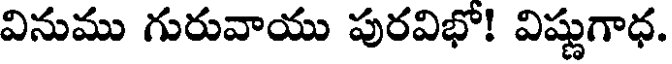
వినుము గురువాయు పురవిభో! విష్ణుగాధ.